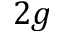
2 g